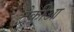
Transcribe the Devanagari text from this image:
ट्रेकीआ